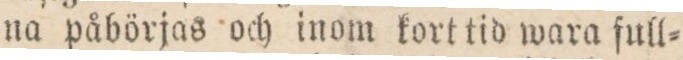
na påbörjas och inom kort tid wara full=